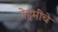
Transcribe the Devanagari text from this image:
नेहमींचे